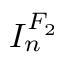
I _ { n } ^ { F _ { 2 } }